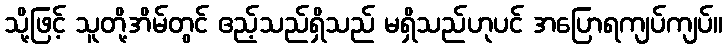
သို့ဖြင့် သူတို့အိမ်တွင် ဧည့်သည်ရှိသည် မရှိသည်ဟုပင် အပြောရကျပ်ကျပ်။